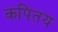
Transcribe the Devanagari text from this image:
कपितय